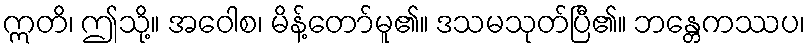
ဣတိ၊ ဤသို့။ အဝေါစ၊ မိန့်တော်မူ၏။ ဒသမသုတ်ပြီ၏။ ဘန္တေကဿပ၊